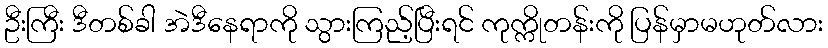
ဦးကြီး ဒီတစ်ခါ အဲဒီနေရာကို သွားကြည့်ပြီးရင် ကုက္ကိုတန်းကို ပြန်မှာမဟုတ်လား